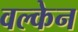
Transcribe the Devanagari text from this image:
वल्केन